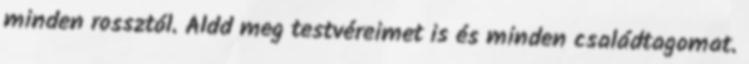
minden rossztól. Áldd meg testvéreimet is és minden családtagomat.